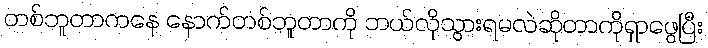
တစ်ဘူတာကနေ နောက်တစ်ဘူတာကို ဘယ်လိုသွားရမလဲဆိုတာကိုရှာဖွေပြီး